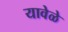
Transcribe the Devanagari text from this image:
यावेळे